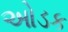
ઓડક